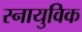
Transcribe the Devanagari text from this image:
स्नायुविक